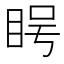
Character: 𪾨